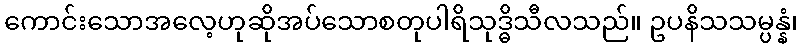
ကောင်းသောအလေ့ဟုဆိုအပ်သောစတုပါရိသုဒ္ဓိသီလသည်။ ဥပနိသသမ္ပန္နံ၊